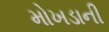
મોખડાની